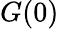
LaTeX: G(0)